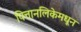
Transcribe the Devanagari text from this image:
पित्तानलिकेमधून